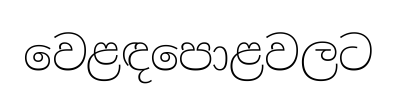
වෙළඳපොළවලට